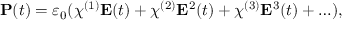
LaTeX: \mathbf { P } ( t ) = \varepsilon _ { 0 } ( \chi ^ { ( 1 ) } \mathbf { E } ( t ) + \chi ^ { ( 2 ) } \mathbf { E } ^ { 2 } ( t ) + \chi ^ { ( 3 ) } \mathbf { E } ^ { 3 } ( t ) + \ldots ) ,